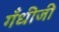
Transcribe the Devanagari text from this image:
गँधीजी